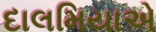
દાલમિયાએ